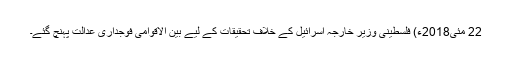
22 مئی2018ء) فلسطینی وزیر خارجہ اسرائیل کے خلاف تحقیقات کے لیے بین الاقوامی فوجداری عدالت پہنچ گئے۔